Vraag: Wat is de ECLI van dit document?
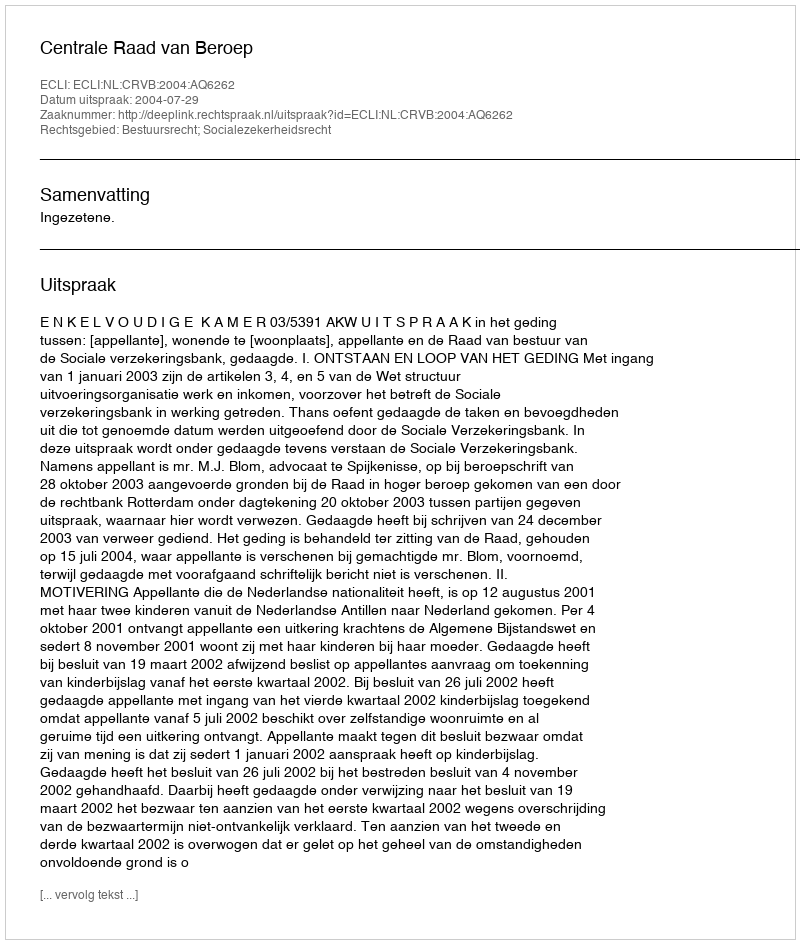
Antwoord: ECLI:NL:CRVB:2004:AQ6262